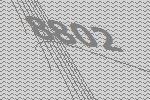
8802